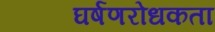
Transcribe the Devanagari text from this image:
घर्षणरोधकता